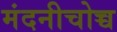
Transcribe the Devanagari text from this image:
मंदनीचोच्च